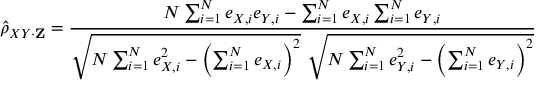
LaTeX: { \hat { \rho } } _ { X Y \cdot \mathbf { Z } } = { \frac { N \sum _ { i = 1 } ^ { N } e _ { X , i } e _ { Y , i } - \sum _ { i = 1 } ^ { N } e _ { X , i } \sum _ { i = 1 } ^ { N } e _ { Y , i } } { { \sqrt { N \sum _ { i = 1 } ^ { N } e _ { X , i } ^ { 2 } - \left( \sum _ { i = 1 } ^ { N } e _ { X , i } \right) ^ { 2 } } } ~ { \sqrt { N \sum _ { i = 1 } ^ { N } e _ { Y , i } ^ { 2 } - \left( \sum _ { i = 1 } ^ { N } e _ { Y , i } \right) ^ { 2 } } } } }